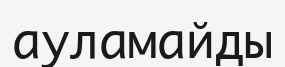
ауламайды